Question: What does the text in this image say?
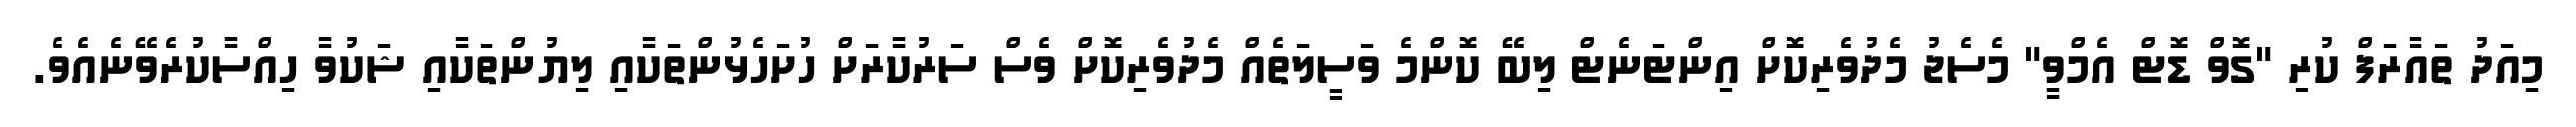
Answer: މިއަދު ތައާރަފް ކުރި "ގޮވް ޑޮޓް އެމްވީ" މެސެޖު މެދުވެރިކޮށް އިންޓަނެޓް ލިބޭ ކޮންމެ ވަސީލަތެއް މެދުވެރިކޮށް ވެސް ސަރުކާރަށް ހުށަހެޅުންތަކާއި ލިޔުންތަކާއި ޝަކުވާ ހިއްސާކުރެވޭނެއެވެ.